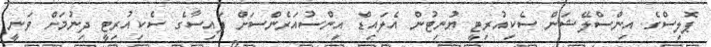
ޕޮލިސްގެ އިންސްލޭޝަން ސެކިއުރިޓީ ޔުނިޓުން އެލައިޑް އިންސުއަރެންސަށް ފައިސާގެ ސެކިއުރިޓީ ދިނުމަށް ވަނީ